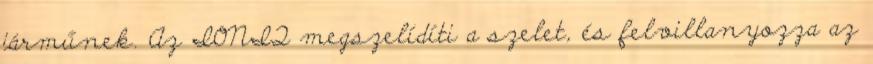
járműnek. Az IONIQ megszelídíti a szelet, és felvillanyozza az